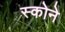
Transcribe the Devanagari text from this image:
स्कोने